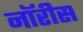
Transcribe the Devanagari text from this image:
नॉरीस